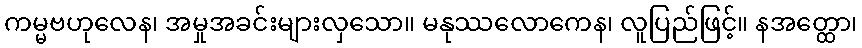
ကမ္မဗဟုလေန၊ အမှုအခင်းများလှသော။ မနုဿလောကေန၊ လူပြည်ဖြင့်။ နအတ္ထော၊